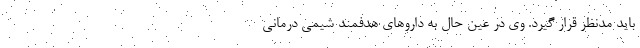
باید مدنظر قرار گیرد. وی در عین حال به داروهای هدفمند شیمی درمانی